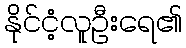
နိုင်ငံ့လူဦးရေ၏